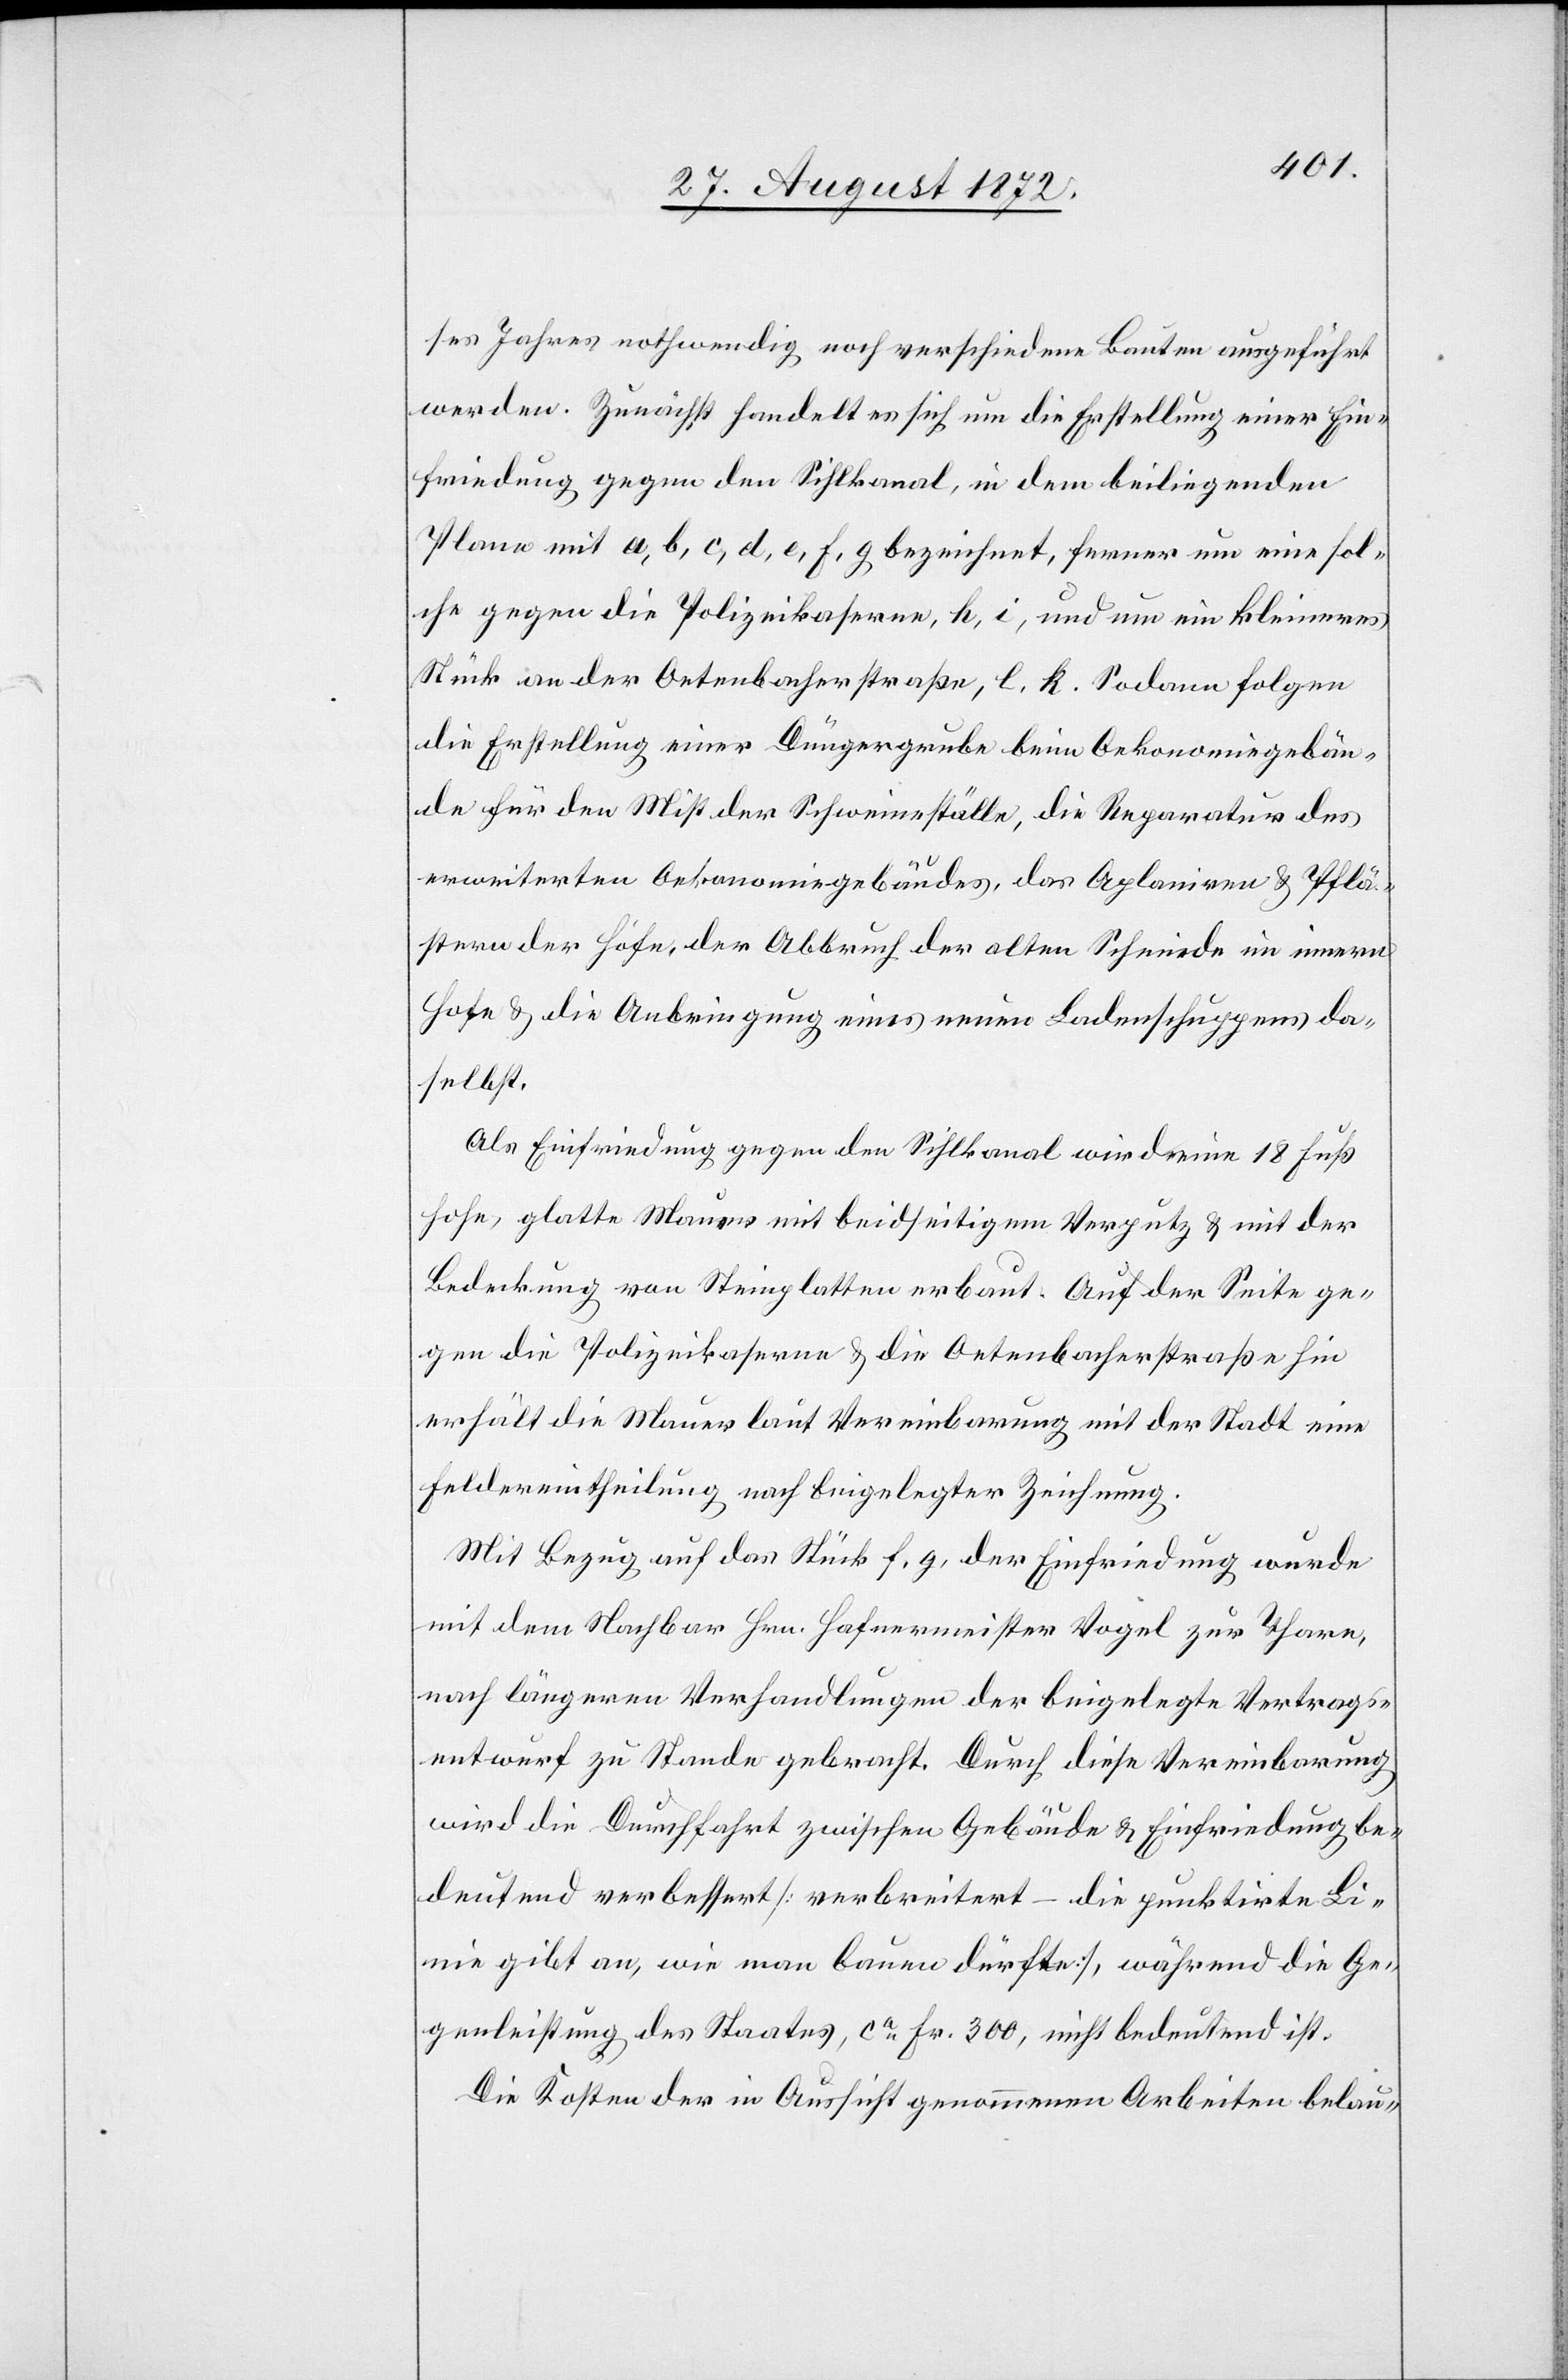
ses Jahres nothwendig noch verschiedene Bauten ausgeführt
werden. Zunächst handelt es sich um die Erstellung einer Ein¬
friedung gegen den Sihlkanal, in dem beiliegenden
Plane mit a, b, c, d, e, f, g bezeichnet, ferner um eine sol¬
che gegen die Polizeikaserne, h, i, und um ein kleineres
Stück an der Oetenbacherstraße, l. k. Sodann folgen
die Erstellung einer Düngergrube beim Oekonomiegebäu¬
de für den Mist der Schweineställe, die Reparatur des
erweiterten Oekonomiegebäudes, das Aplaniren u. Pflä¬
stern der Höfe, der Abbruch der alten Schmiede im innern
Hofe u. die Anbringung eines neuen Ladenschuppens da¬
selbst.
Als Einfriedung gegen den Sihlkanal wird eine 18 Fuß
hohe, glatte Mauer mit beidseitigem Verputz u. mit der
Bedeckung von Steinplatten erbaut. Auf der Seite ge¬
gen die Polizeikaserne u. die Oetenbacherstraße hin
erhält die Mauer laut Vereinbarung mit der Stadt eine
Feldereintheilung nach beigelegter Zeichnung.
Mit Bezug auf das Stück f, g, der Einfriedung wurde
mit dem Nachbar Hrn. Hafnermeister Vogel zur Thare,
nach längeren Verhandlungen der beigelegte Vertrags¬
entwurf zu Stande gebracht. Durch diese Vereinbarung
wird die Durchfahrt zwischen Gebäude u. Einfriedung be¬
deutend verbessert [verbreitert – die punktirte Li¬
nie gibt an, wie man bauen dürfte], während die Ge¬
genleistung des Staates, ca Fr. 300, nicht bedeutend ist.
Die Kosten der in Aussicht genommenen Arbeiten belau-